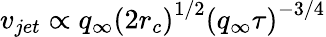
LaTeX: v_{jet}\propto q_{\infty}\left(2r_{c}\right)^{1/2}\left(q_{\infty}\tau\right)^{-3/4}